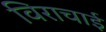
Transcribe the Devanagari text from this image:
विराचाई